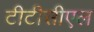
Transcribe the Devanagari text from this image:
टीटीसीएल